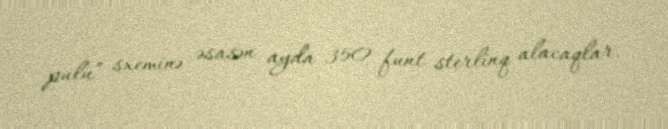
pulu” sxeminə əsasən ayda 350 funt sterlinq alacaqlar.